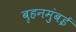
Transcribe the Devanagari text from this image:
बृहनमुंबई